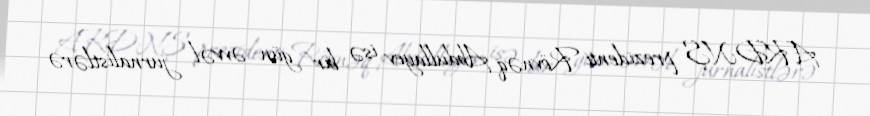
ARDNŞ prezidenti Rövnəq Abdullayev isə bir gün əvvəl jurnalistlərə